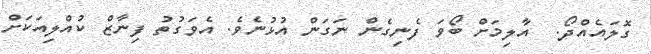
ގޮލައެއްދޯ.  އާލިމަށް ބޯވަ ފެނިގެން ނަގަން އުޅުނެވެ. އެވަގުތު ފިނާޒް ކުއްލިއަކަށް